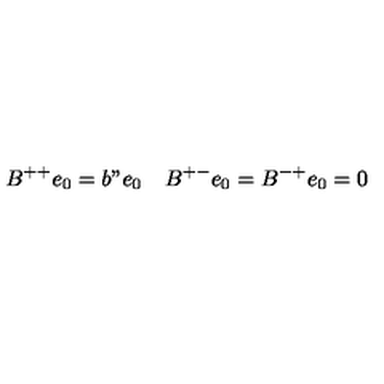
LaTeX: B ^ { + + } e _ { 0 } = b " e _ { 0 } \quad B ^ { + - } e _ { 0 } = B ^ { - + } e _ { 0 } = 0